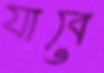
যাবে